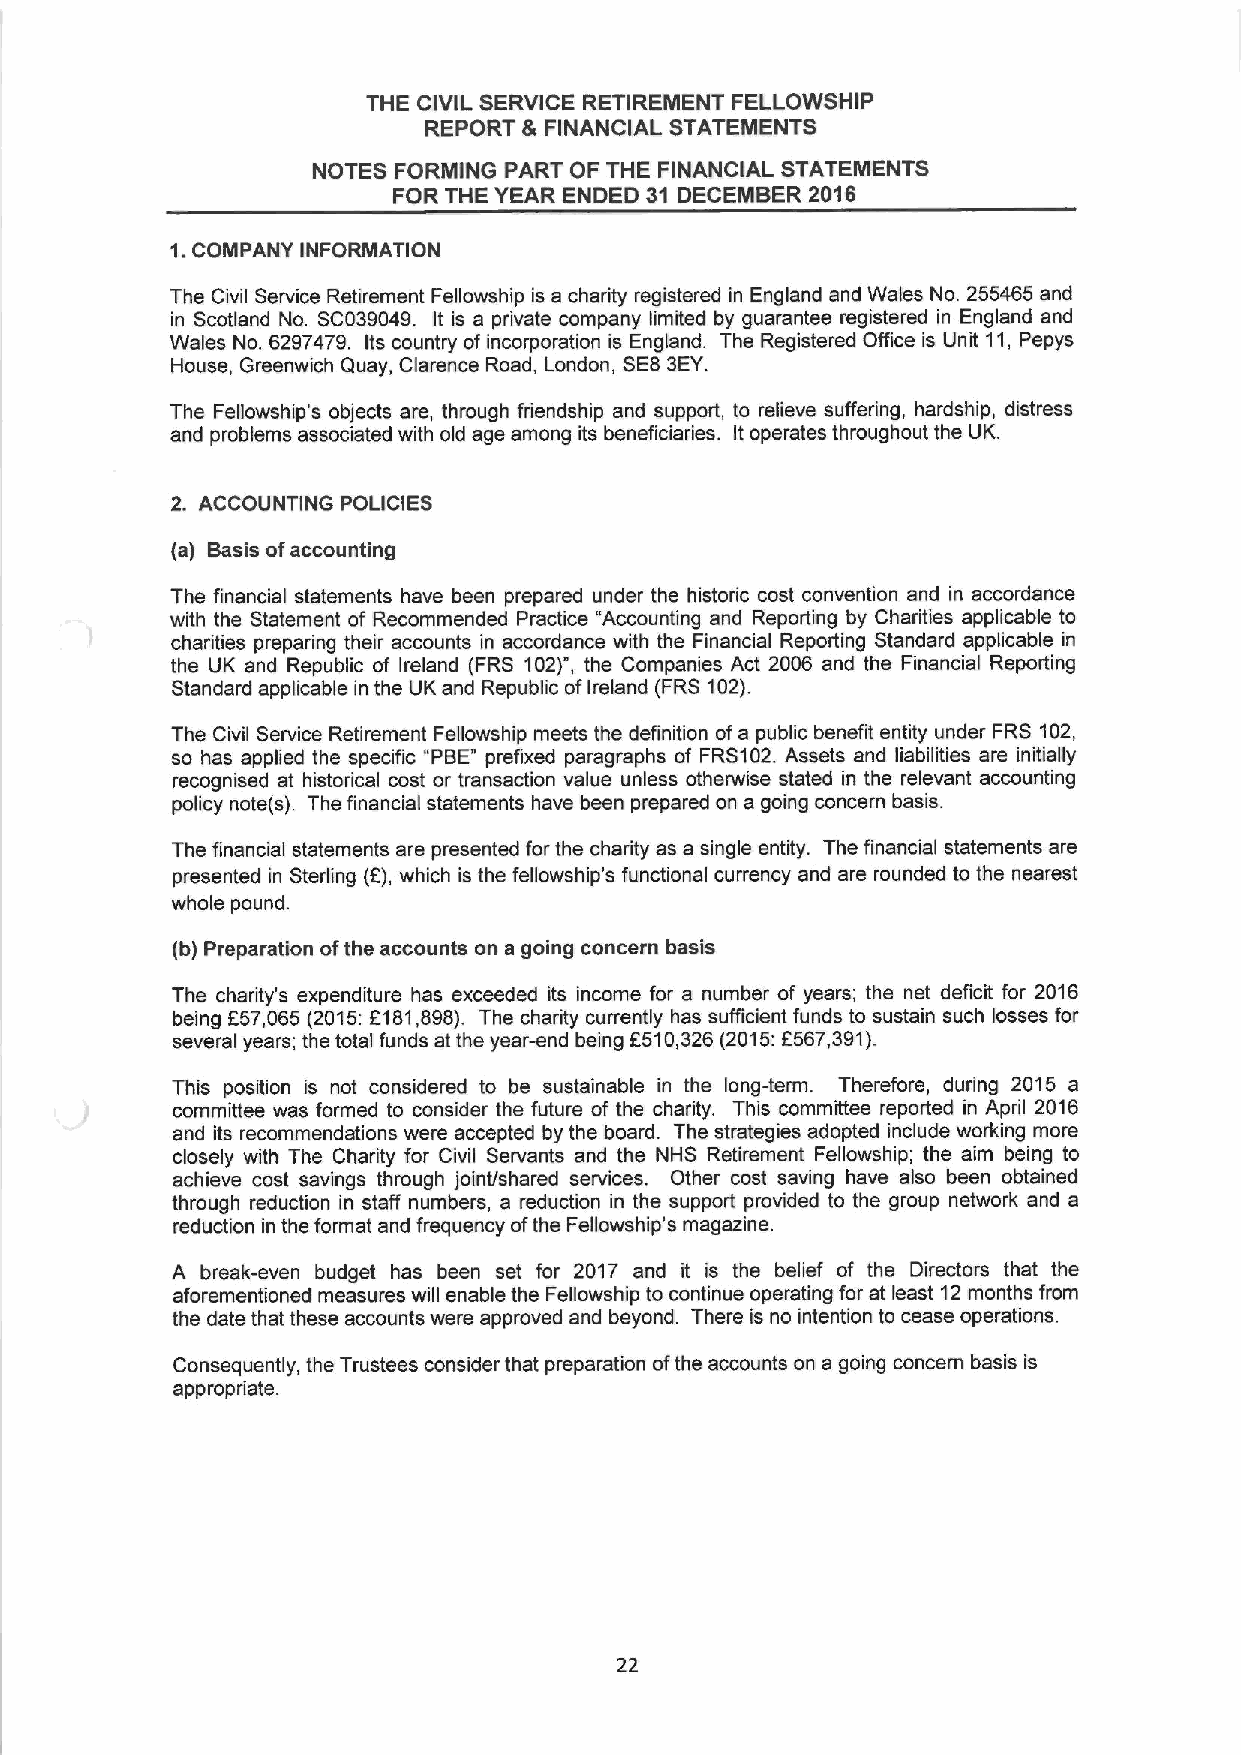
THE CIVIL SERVICE RETIREMENT FELLOWSHIP
 REPORT 6 FINANCIAL STATEMENTS
 NOTES FORMING PART OF THE FINANCIAL STATEMENTS
 FOR THE YEAR ENDED 31 DECEMBER 2016
 1.COMPANY INFORMATION
 The Civil Service Retirement Fellowship is a charity registered in England and Wales No. 255465 and
 in Scotland No. SC039049. It is a private company limited by guarantee registered in England and
 Wales No. 6297479. Its country of incorporation is England. The Registered Office is Unit 11,Pepys
 House, Greenwich Quay, Clarence Road, London, SE83EY.
 The Fellowship's objects are, through friendship and support, to relieve suffering, hardship, distress
 and problems associated with old age among its beneficiaries. Itoperates throughout the UK.
 2. ACCOUNTING POLICIES
 (a) Basis ofaccounting
 The financial statements have been prepared under the historic cost convention and in accordance
 with the Statement of Recommended Practice "Accounting and Reporting by Charities applicable to
 charities preparing their accounts in accordance with the Financial Reporting Standard applicable in
 the UK and Republic of Ireland (FRS 102)", the Companies Act 2006 and the Financial Reporting
 Standard applicable in the UK and Republic ofIreland (FRS 102).
 The Civil Service Retirement Fellowship meets the definition ofa public benefit entity under FRS 102,
 so has applied the specific "PBE" prefixed paragraphs of FRS102.Assets and liabilities are initially
 recognised at historical cost or transaction value unless otherwise stated in the relevant accounting
 policy note(s). The financial statements have been prepared on a going concern basis.
 The financial statements are presented for the charity as a single entity. The financial statements are
 presented in Sterling (8), which is the fellowship's functional currency and are rounded to the nearest
 whole pound.
 (b) Preparation ofthe accounts on a going concern basis
 The charity's expenditure has exceeded its income for a number of years; the net deficit for 2016
 being 557,065 (2015:6181,898). The charity currently has sufficient funds to sustain such losses for
 several years; the total funds at the year-end being F510,326 (2015:6567,391).
 This position is not considered to be sustainable in the long-term. Therefore, during 2015 a
 committee was formed to consider the future of the charity. This committee reported in April 2016
 and its recommendations were accepted by the board. The strategies adopted include working more
 closely with The Charity for Civil Servants and the NHS Retirement Fellowship; the aim being to
 achieve cost savings through joint/shared services. Other cost saving have also been obtained
 through reduction in staff numbers, a reduction in the support provided to the group network and a
 reduction in the format and frequency ofthe Fellowship's magazine.
 A break-even budget has been set for 2017 and it is the belief of the Directors that the
 aforementioned measures will enable the Fellowship to continue operating for at least 12 months from
 the date that these accounts were approved and beyond. There is no intention to cease operations.
 Consequently, the Trustees consider that preparation ofthe accounts on a going concern basis is
 appropriate.
 22